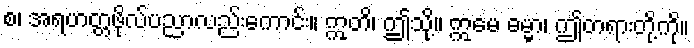
စ၊ အရဟတ္တဖိုလ်ပညာလည်းကောင်း။ ဣတိ၊ ဤသို့။ ဣမေ ဓမ္မာ၊ ဤတရားတို့ကို။